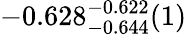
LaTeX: -0.628_{-0.644}^{-0.622}(1)